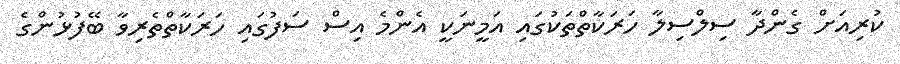
ކުރިއަށް ގެންދާ ސިލްސިލާ ހަރަކާތްތަކުގައި އަމީނަކީ އެންމެ އިސް ސަފުގައި ހަރަކާތްތެރިވާ ބޭފުޅުންގެ